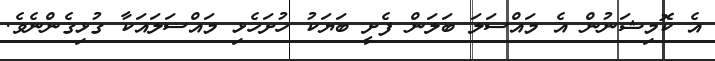
އެ ކޮމިޝަނުން އެ މައްސަލަ ބަލަން ފެށީ ބަޔަކު ހުށަހެޅި މައްސަލައަކާ ގުޅިގެންނެވެ.